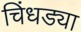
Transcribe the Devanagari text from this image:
चिंधड्या